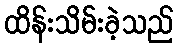
ထိန်းသိမ်းခဲ့သည်